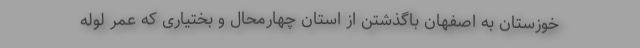
خوزستان به اصفهان باگذشتن از استان چهارمحال و بختیاری که عمر لوله